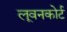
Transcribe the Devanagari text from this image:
लूवनकोर्ट